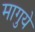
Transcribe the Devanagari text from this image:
मागुये